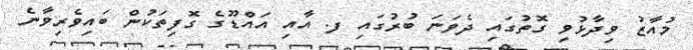
މުއާޒު ވިދާޅުވި ގޮތުގައި ދެވަނަ ބުރުގައި ފ. އާއި އައްޑޫގެ ގޮފިތަކުން ބައިވެރިވާނެ